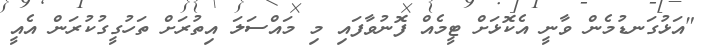
"އަޅުގަނޑުމެން ވާނީ އެކޮޅަށް ޓީމެއް ފޮނުވާފައި މި މައްސަލަ އިތުރަށް ތަހުގީގުކުރަން އެއީ